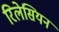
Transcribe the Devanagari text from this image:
रिलेसियन